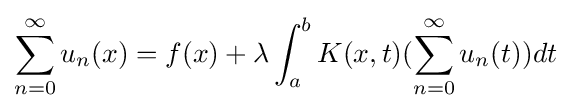
\sum _{n=0}^{\infty }u_{n}(x)=f(x)+\lambda \int _{a}^{b}K(x,t)(\sum _{n=0}^{\infty }u_{n}(t))dt